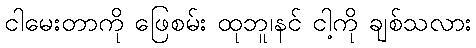
ငါမေးတာကို ဖြေစမ်း ထုဘူ၊နင် ငါ့ကို ချစ်သလား